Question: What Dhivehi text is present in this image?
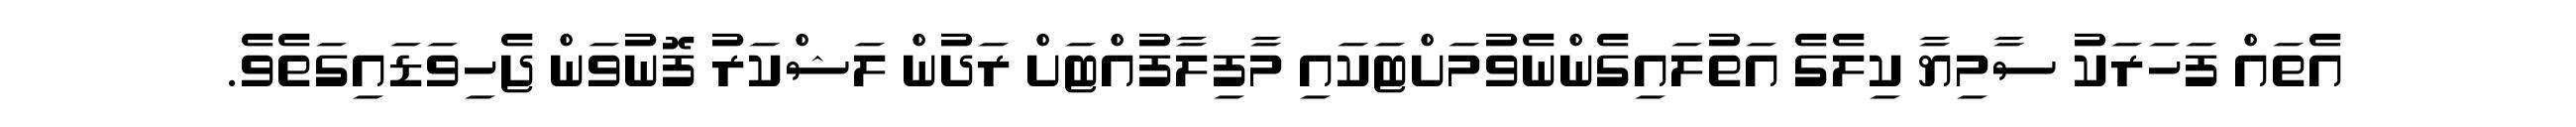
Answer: އެތައް ފަހަރަކު ސާމިޔާ ކިލެގެ އަތުލައިގެންނެވުމަށްޓަކައި މާފިލާފުއްޓަށް ރަދުން ލަޝްކަރު ފޮނުވަން ޖެހިވަޑައިގަތެވެ.